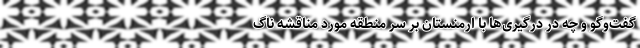
گفت‌وگو و چه در درگیری‌ها با ارمنستان بر سر منطقه مورد مناقشه ناگ